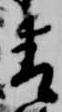
青